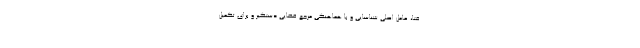
فتا، عامل اصلی شناسایی و با هماهنگی مرجع قضایی دستگیر و برای تکمیل